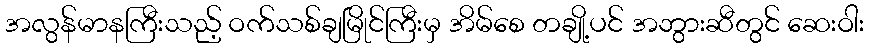
အလွန်မာနကြီးသည့် ဝက်သစ်ချမြိုင်ကြီးမှ အိမ်စေ တချို့ပင် အဘွားဆီတွင် ဆေးဝါး